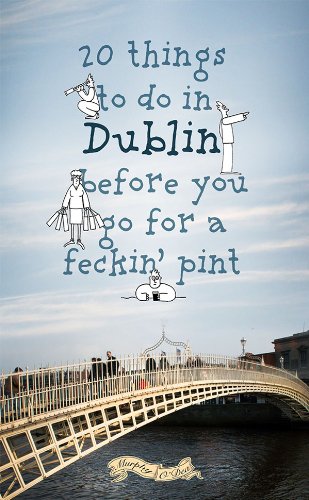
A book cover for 20 Things to do in Dublin Before You Go For a Feckin' Pint; Colin Murphy; Travel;